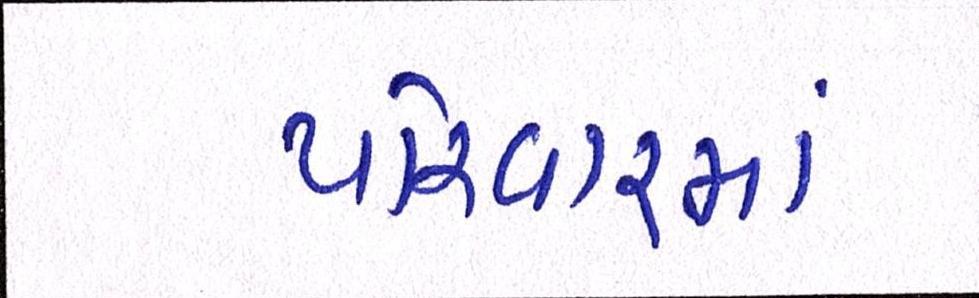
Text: પરિવારમાં